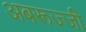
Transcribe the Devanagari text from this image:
अबरूज्जी